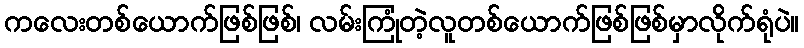
ကလေးတစ်ယောက်ဖြစ်ဖြစ်၊ လမ်းကြုံတဲ့လူတစ်ယောက်ဖြစ်ဖြစ်မှာလိုက်ရုံပဲ။